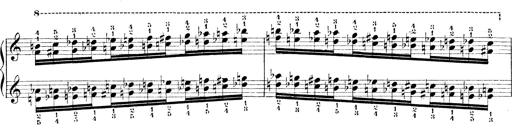
Title: Technische Studien
Composer: Franz Liszt